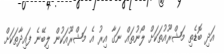
އަދި ބޮޑެތި މަޝްރޫއުތަކަށް ލޯނުތައް ނަގާ އިރު އެ މަޝްރޫއަކުން ލިބޭނެ ފައިދާތަކަށް